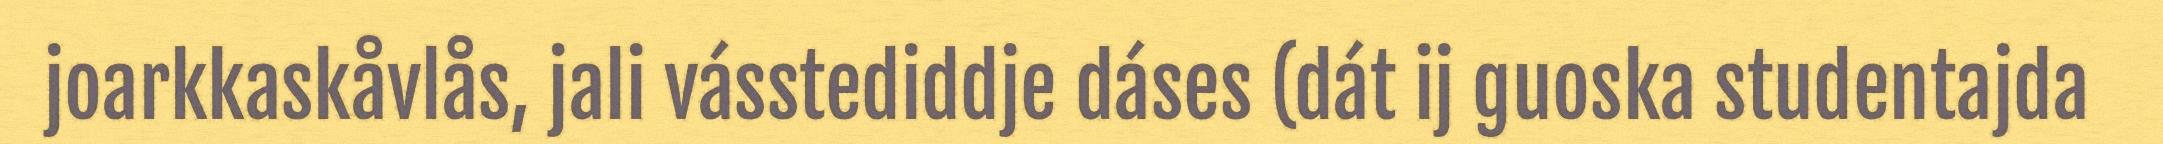
joarkkaskåvlås, jali vásstediddje dáses (dát ij guoska studentajda